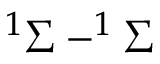
^ 1 \Sigma - ^ { 1 } \Sigma